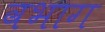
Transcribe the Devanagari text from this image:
वभाग